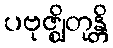
ပဗုဇ္ဈိတုန္တိ